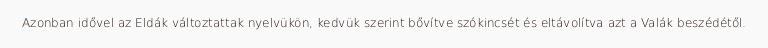
Azonban idővel az Eldák változtattak nyelvükön, kedvük szerint bővítve szókincsét és eltávolítva azt a Valák beszédétől.